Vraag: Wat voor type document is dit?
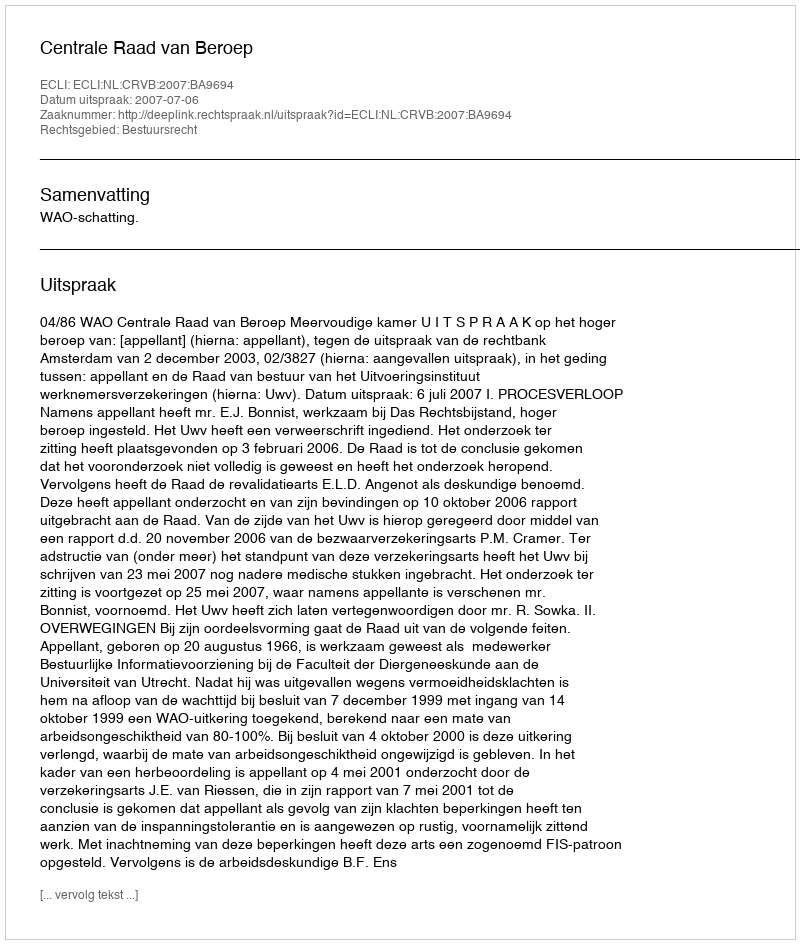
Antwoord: Uitspraak